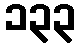
၁၃၃